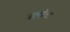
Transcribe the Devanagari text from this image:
ब्ला॓क